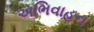
અભિવાહન